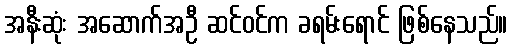
အနီးဆုံး အဆောက်အဦ ဆင်ဝင်က ခရမ်းရောင် ဖြစ်နေသည်။